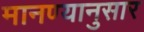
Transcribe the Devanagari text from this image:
मानण्यानुसार